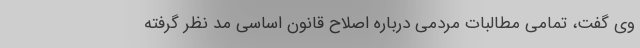
وی گفت، تمامی مطالبات مردمی درباره اصلاح قانون اساسی مد نظر گرفته